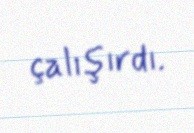
çalışırdı.